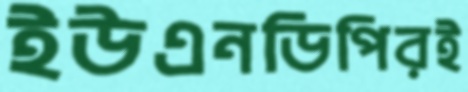
ইউএনডিপিরই